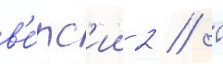
в'е́рс'ии 2 // 0